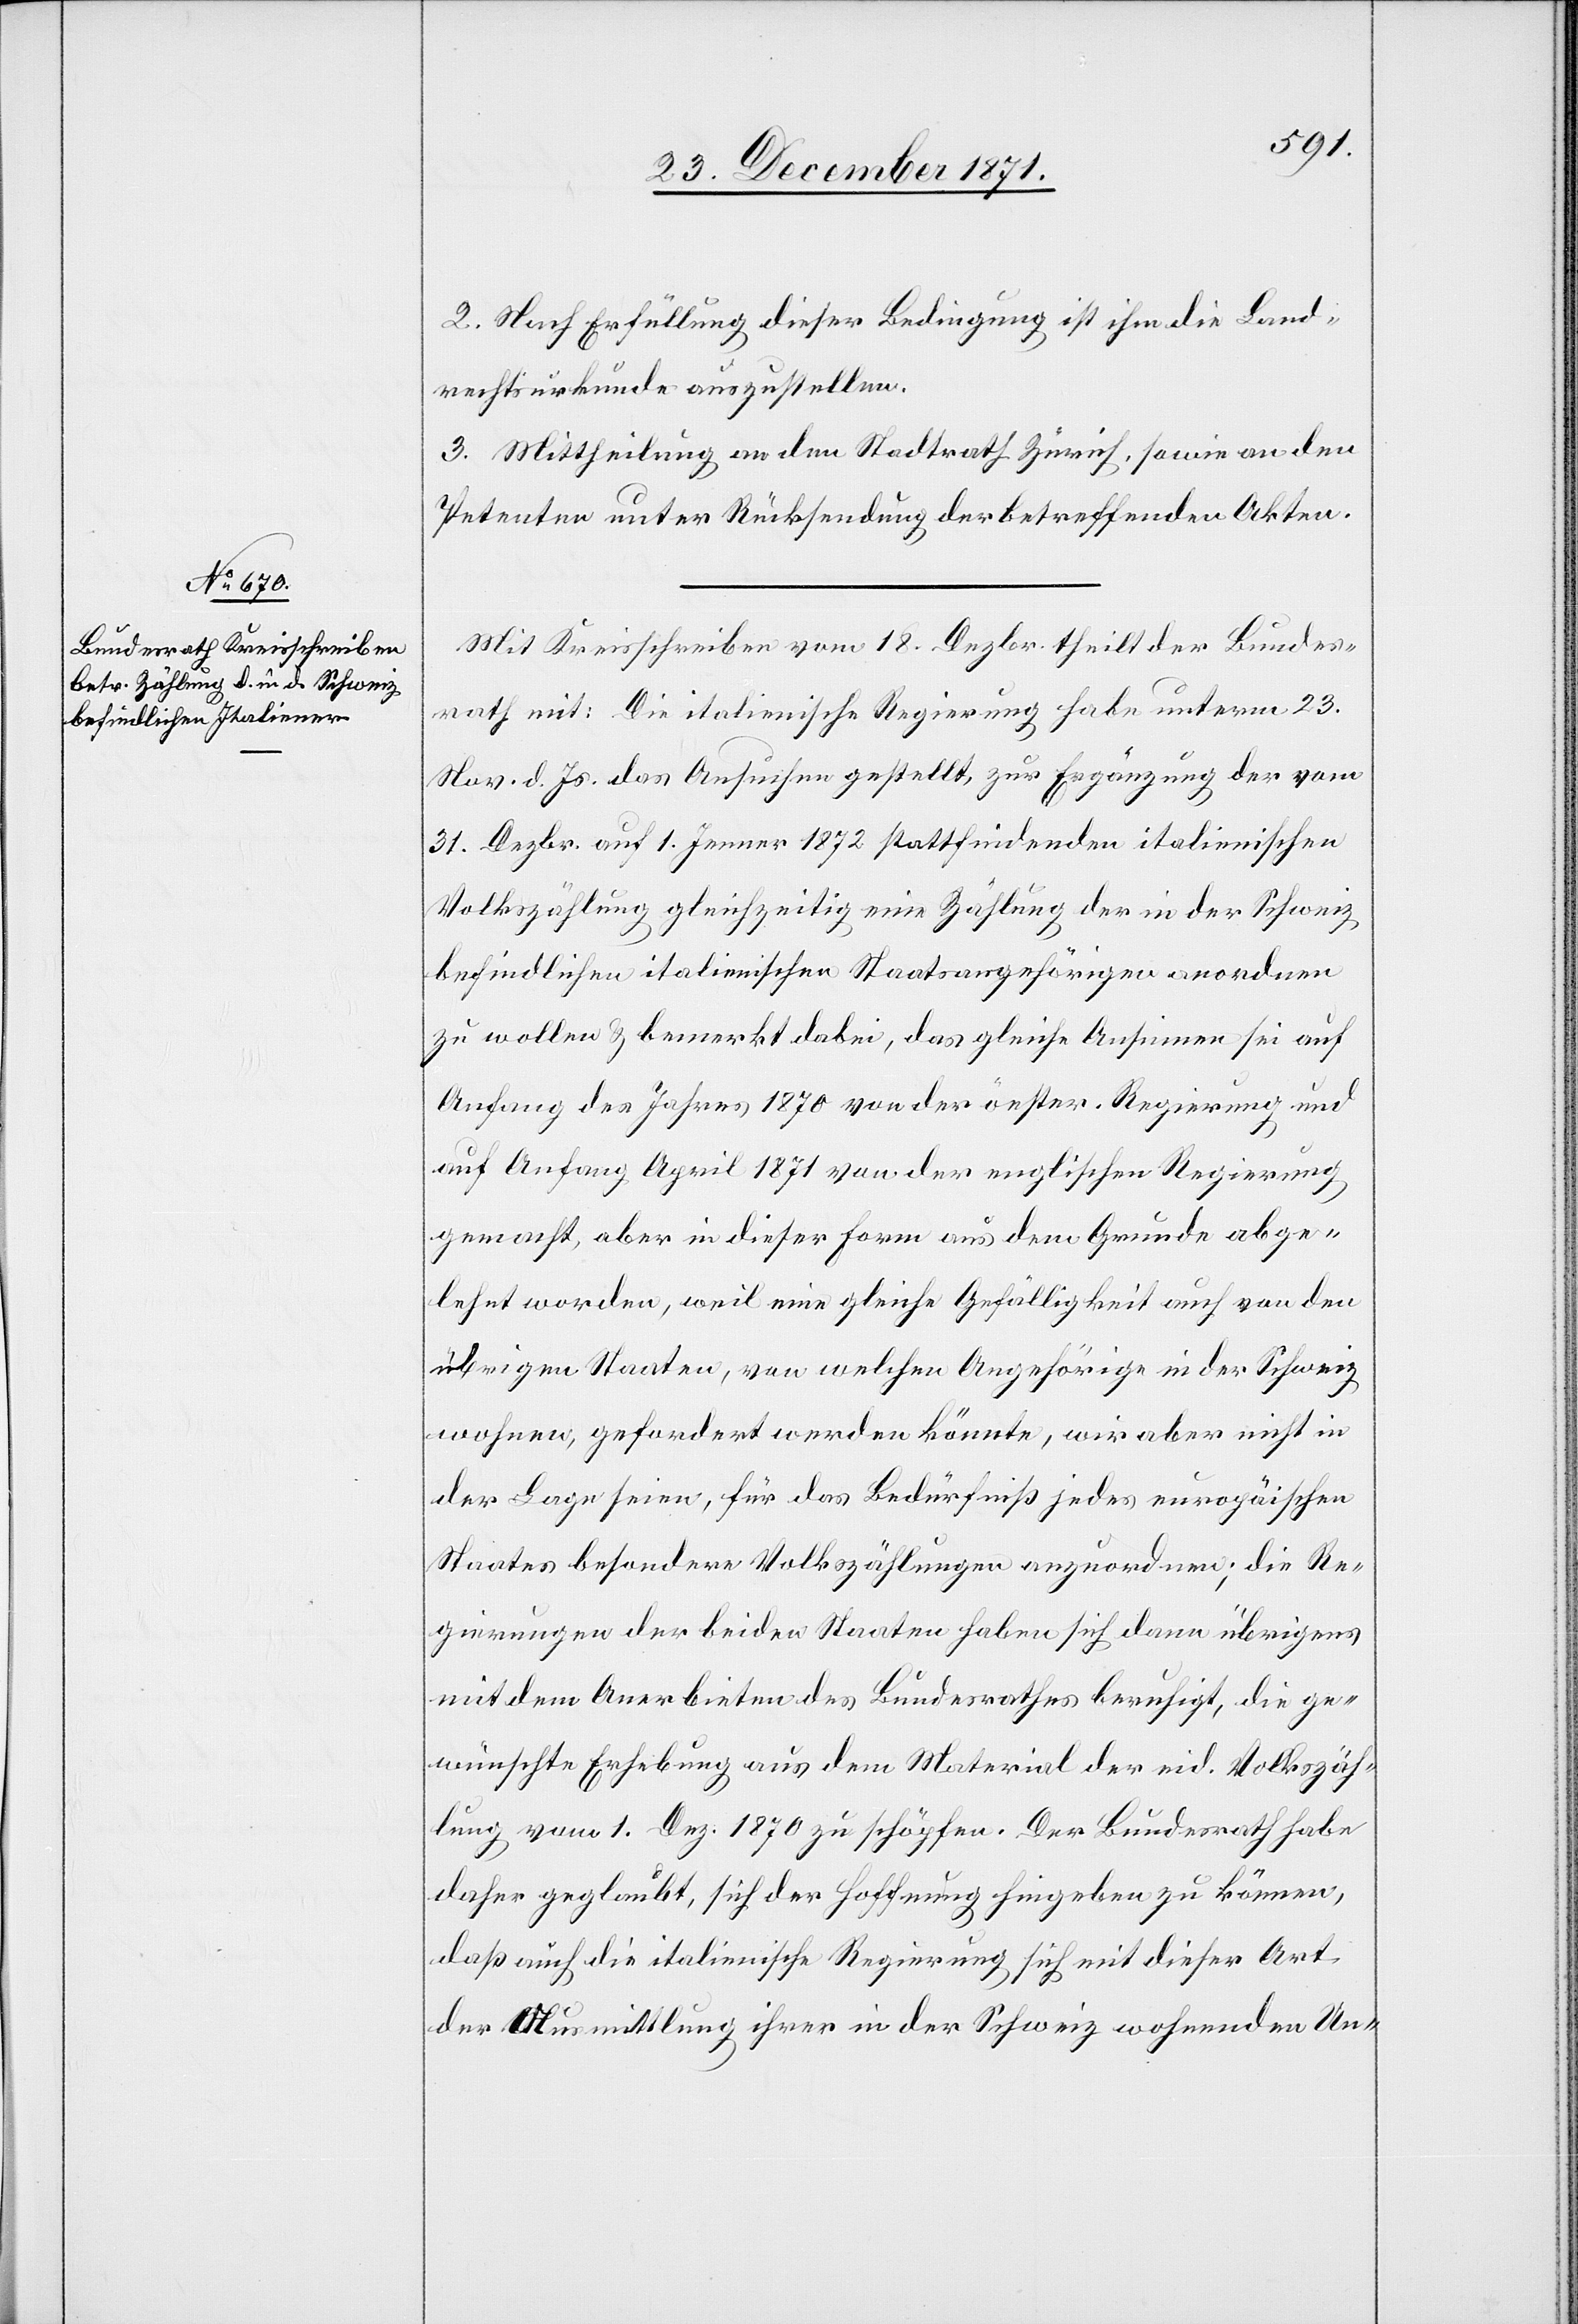
2. Nach Erfüllung dieser Bedingung ist ihm die Land¬
rechtsurkunde auszustellen.
3. Mittheilung an den Stadtrath Zürich, sowie an den
Petenten unter Rücksendung der betreffenden Akten.
Mit Kreisschreiben vom 18. Dezbr. theilt der Bundes¬
rath mit: Die italienische Regierung habe unterm 23.
Nov. d. Js. das Ansuchen gestellt, zur Ergänzung der vom
31. Dezbr. auf 1. Jenner 1872 stattfindenden italienischen
Volkszählung gleichzeitig eine Zählung der in der Schweiz
befindlichen italienischen Staatsangehörigen anordnen
zu wollen & bemerkt dabei, das gleiche Ansinnen sei auf
Anfang des Jahres 1870 von der öester. Regierung und
auf Anfang April 1871 von der englischen Regierung
gemacht, aber in dieser Form aus dem Grunde abge¬
lehnt worden, weil eine gleiche Gefälligkeit auch von den
übrigen Staaten, von welchen Angehörige in der Schweiz
wohnen, gefordert werden könnte, wir aber nicht in
der Lage seien, für das Bedürfniß jedes europäischen
Staates besondere Volkszählungen anzuordnen; die Re¬
gierungen der beiden Staaten haben sich dann übrigens
mit dem Anerbieten des Bundesrathes beruhigt, die ge¬
wünschte Erhebung aus dem Material der eid. Volkszäh¬
lung vom 1. Dez. 1870 zu schöpfen. Der Bundesrath habe
daher geglaubt, sich der Hoffnung hingeben zu können,
daß auch die italienische Regierung sich mit dieser Art
der Ausmittlung ihrer in der Schweiz wohnenden Un-